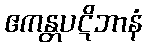
ဧကန္တပဋိဘာနံ